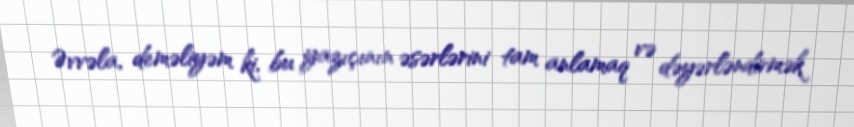
Əvvəla, deməliyəm ki, bu yazıçının əsərlərini tam anlamaq və dəyərləndirmək